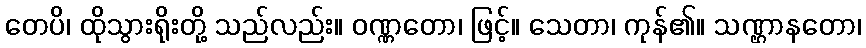
တေပိ၊ ထိုသွားရိုးတို့ သည်လည်း။ ဝဏ္ဏတော၊ ဖြင့်။ သေတာ၊ ကုန်၏။ သဏ္ဌာနတော၊